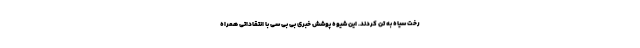
رخت سیاه به تن کردند. این شیوه پوشش خبری بی بی سی با انتقاداتی همراه